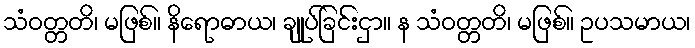
သံဝတ္တတိ၊ မဖြစ်။ နိရောဓာယ၊ ချုပ်ခြင်းငှာ။ န သံဝတ္တတိ၊ မဖြစ်။ ဥပသမာယ၊